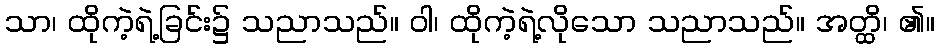
သာ၊ ထိုကဲ့ရဲ့ခြင်း၌ သညာသည်။ ဝါ၊ ထိုကဲ့ရဲ့လိုသော သညာသည်။ အတ္ထိ၊ ၏။